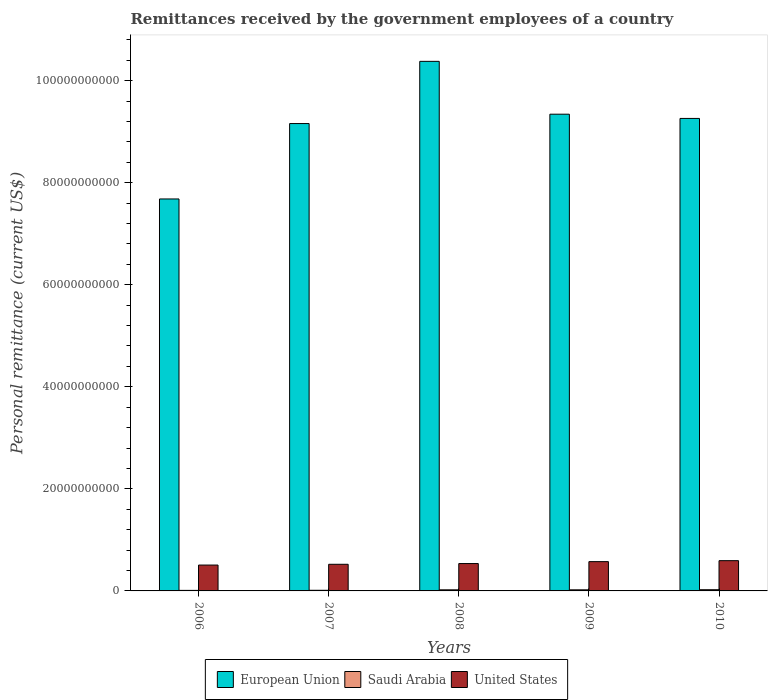
| Years | European Union | Saudi Arabia | United States |
 | --- | --- | --- | --- |
 | 2006 | 7.68e+10 | 1.06e+08 | 5.07e+09 |
 | 2007 | 9.16e+10 | 1.24e+08 | 5.22e+09 |
 | 2008 | 1.04e+11 | 2.16e+08 | 5.36e+09 |
 | 2009 | 9.34e+10 | 2.14e+08 | 5.74e+09 |
 | 2010 | 9.26e+10 | 2.36e+08 | 5.93e+09 |